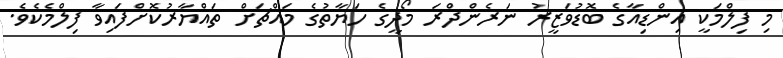
މި ފިލްމަކީ އިންޑިއާގެ ބޮޑުވަޒީރު ނަރެންދްރަ މޯދީގެ ހަޔާތުގެ މައްޗަށް ތައްޔާރުކޮށްފައިވާ ފިލްމެކެވެ.